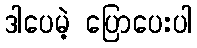
ဒါပေမဲ့ ပြောပေးပါ